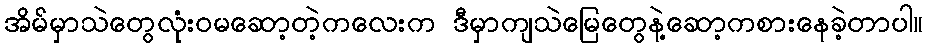
အိမ်မှာသဲတွေလုံးဝမဆော့တဲ့ကလေးက ဒီမှာကျသဲမြေတွေနဲ့ဆော့ကစားနေခဲ့တာပါ။